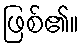
ဖြစ်၏။